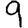
Digit: 9